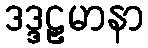
ဒဒ္ဒဠှမာနာ